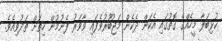
ކުޅިބަލާ މީހެއްގެ ގޮތުގައި އެކަން ދެކެން މަޖުބޫރުވެފައި ވާވަރު ފެނުމުން ހިތަށް ތަދުވިއެވެ.